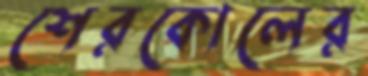
শেরকোলের